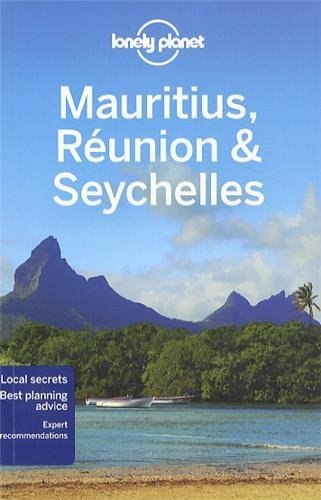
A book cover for Lonely Planet Mauritius, Reunion & Seychelles (Travel Guide) by Lonely Planet, Carillet, Ham (2013) Paperback; Travel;